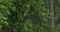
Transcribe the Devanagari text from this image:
कपाटात